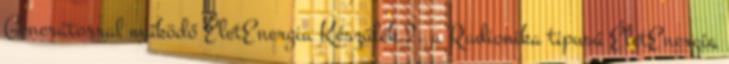
Generátorral működő ÉletEnergia Készülék 2. a Radionika tipusú ÉletEnergia